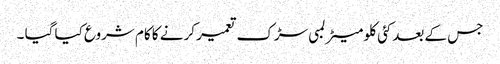
جس کے بعدکئی کلو میٹر لمبی سڑک تعمیر کرنے کا کام شروع کیا گیا ۔